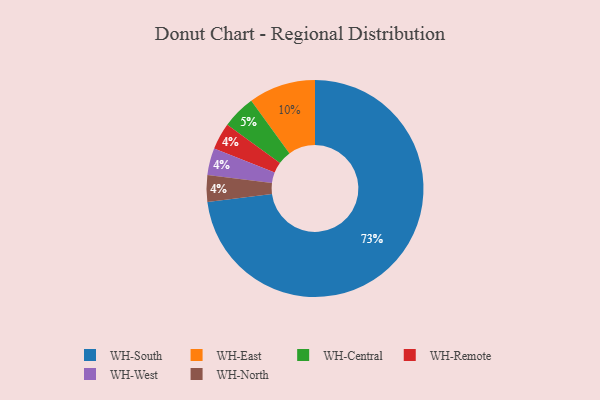
{"axis": {"x": "Category", "y": "Percentage"}, "legend": ["WH-Central", "WH-East", "WH-North", "WH-Remote", "WH-South", "WH-West"], "data": [{"x": "WH-Central", "y": 5, "type": "WH-Central"}, {"x": "WH-Remote", "y": 4, "type": "WH-Remote"}, {"x": "WH-West", "y": 4, "type": "WH-West"}, {"x": "WH-South", "y": 73, "type": "WH-South"}, {"x": "WH-North", "y": 4, "type": "WH-North"}, {"x": "WH-East", "y": 10, "type": "WH-East"}]}